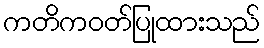
ကတိကဝတ်ပြုထားသည်